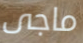
ماجى